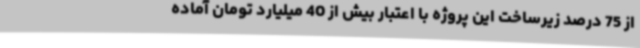
از 75 درصد زیرساخت این پروژه با اعتبار بیش از 40 میلیارد تومان آماده